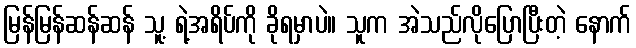
မြန်မြန်ဆန်ဆန် သူ့ ရဲ့အရိပ်ကို ခိုရမှာပဲ။ သူက အဲသည်လိုပြောပြီးတဲ့ နောက်